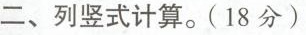
二、列竖式计算。(18分)